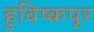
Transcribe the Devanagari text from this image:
हुविष्कपूर